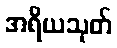
အရိယသုတ်